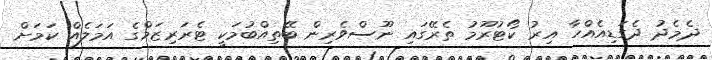
ދެމެދު ދެގަޑިއެއްހާ އިރު ކޯޓުރޫމު ތެރޭގައި ނޫސްވެރިން ބޭތިއްބުމަކީ ޓެރަރިޒަމްގެ އަމަލެއް ކަމަށް